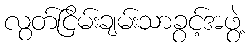
လွတ်ငြိမ်းချမ်းသာခွင့်အဖွဲ့